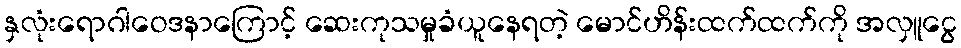
နှလုံးရောဂါဝေဒနာကြောင့် ဆေးကုသမှုခံယူနေရတဲ့ မောင်ဟိန်းထက်ထက်ကို အလှူငွေ